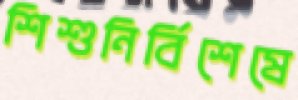
শিশুনির্বিশেষে